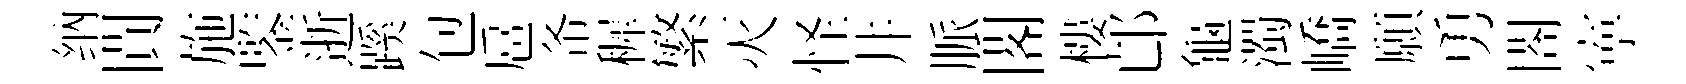
纳閴施鍳逝蹊包扈𢁙穉繁灭怪井脈閣樓邙龜濁嶠願勇閤寕